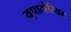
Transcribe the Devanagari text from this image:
यूपाटोरियम